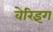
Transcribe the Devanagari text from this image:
वेरिइंग